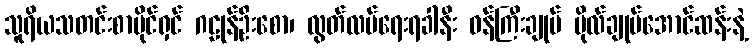
သူရိယသတင်းစာပိုင်ရှင် ဂဠုန်ဦးစော၊ လွတ်လပ်ရေးရခါနီး ဝန်ကြီးချုပ် ဗိုလ်ချုပ်အောင်ဆန်းနဲ့